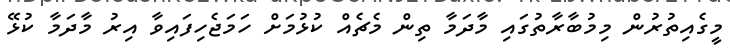
މީގެއިތުރުން މިމުބާރާތުގައި މާދަމާ ތިން މެޗެއް ކުޅުމަށް ހަމަޖެހިފައިވާ އިރު މާދަމާ ކުޅޭ